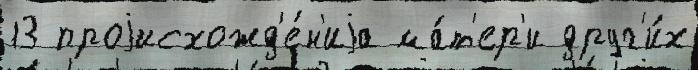
13 проjисхожд'е́н'иjа ма́т'ер'и друг'и́х